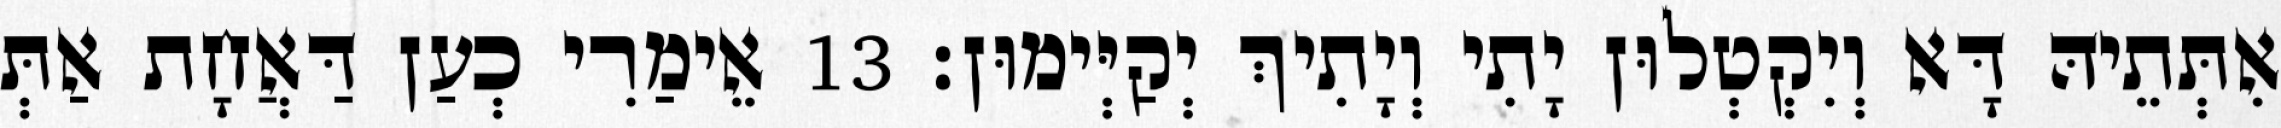
אִתְּתֵיהּ דָּא וְיִקְטְלוּן יָתִי וְיָתִיךְ יְקַיְּימוּן׃ 13 אֵימַרִי כְעַן דַּאֲחָת אַתְּ